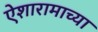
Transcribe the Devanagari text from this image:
ऐशारामाच्या